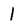
Character: 1